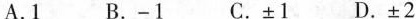
A.1 B.-1 C.±1 D.±2